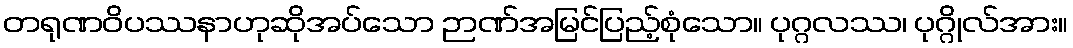
တရုဏဝိပဿနာဟုဆိုအပ်သော ဉာဏ်အမြင်ပြည့်စုံသော။ ပုဂ္ဂလဿ၊ ပုဂ္ဂိုလ်အား။